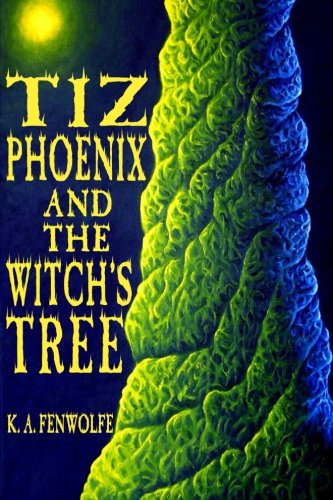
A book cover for Tiz Phoenix and the Witch's Tree (The Celestial Tree Academy Series) (Volume 1); K. A. Fenwolfe; Children's Books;